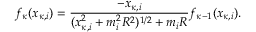
f _ { \kappa } ( x _ { \kappa , i } ) = { \frac { - x _ { \kappa , i } } { ( x _ { \kappa , i } ^ { 2 } + m _ { i } ^ { 2 } R ^ { 2 } ) ^ { 1 / 2 } + m _ { i } R } } f _ { \kappa - 1 } ( x _ { \kappa , i } ) .